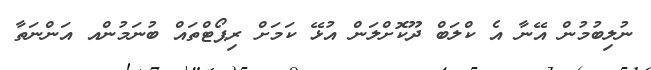
ނުލިބުމުން އޭނާ އެ ކްލަބް ދޫކޮށްލަން އުޅޭ ކަމަށް ރިޕޯޓްތައް ބުނަމުންއ އަންނަތާ